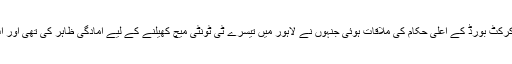
نیوزی لینڈ میں آئی سی سی اجلاس کے موقع پر نجم سیٹھی سے سری لنکن کرکٹ بورڈ کے اعلی حکام کی ملاقات ہوئی جنہوں نے لاہور میں تیسرے ٹی ٹونٹی میچ کھیلنے کے لیے آمادگی ظاہر کی تھی اور اب سری لنکن کرکٹ بورڈ کی جانب سے باضابطہ اعلان بھی کردیا گیا ہے۔